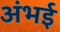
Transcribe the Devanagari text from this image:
अंभई